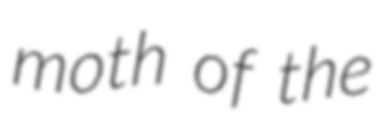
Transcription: moth of the